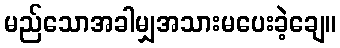
မည်သောအခါမျှအသားမပေးခဲ့ချေ။